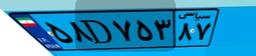
۵۸D۷۵۳۸۷